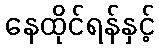
နေထိုင်ရန်နှင့်